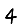
Digit: 4